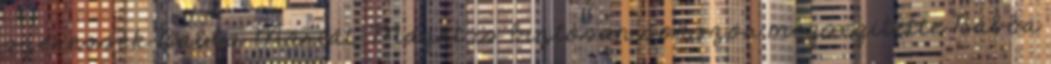
szeressék Babba Máriát. Magát is biztosan sokszor megsegítette Babba